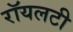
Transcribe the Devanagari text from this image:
रॉयलटी